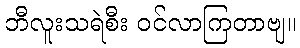
ဘီလူးသရဲစီး ဝင်လာကြတာဗျ။